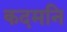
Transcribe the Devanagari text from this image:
कदमनि